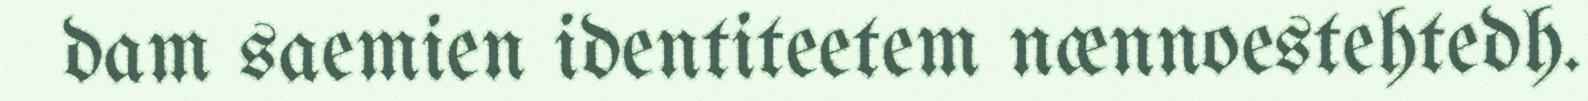
dam saemien identiteetem nænnoestehtedh.